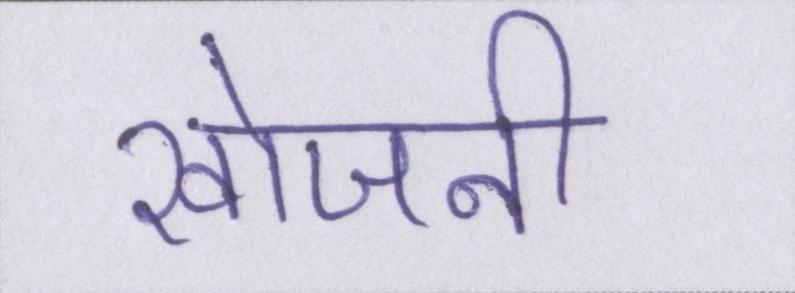
खोजनी